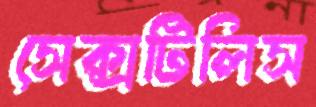
সেক্সটিলিস